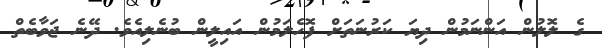
ގެ ލޮލުން އަންނަމުން ދިޔަ ކަރުނަތަށް ފޮހެލަމުން އައިލީން ބުނެލިއެވެ. ދޭނެ ޖަވާބެތް